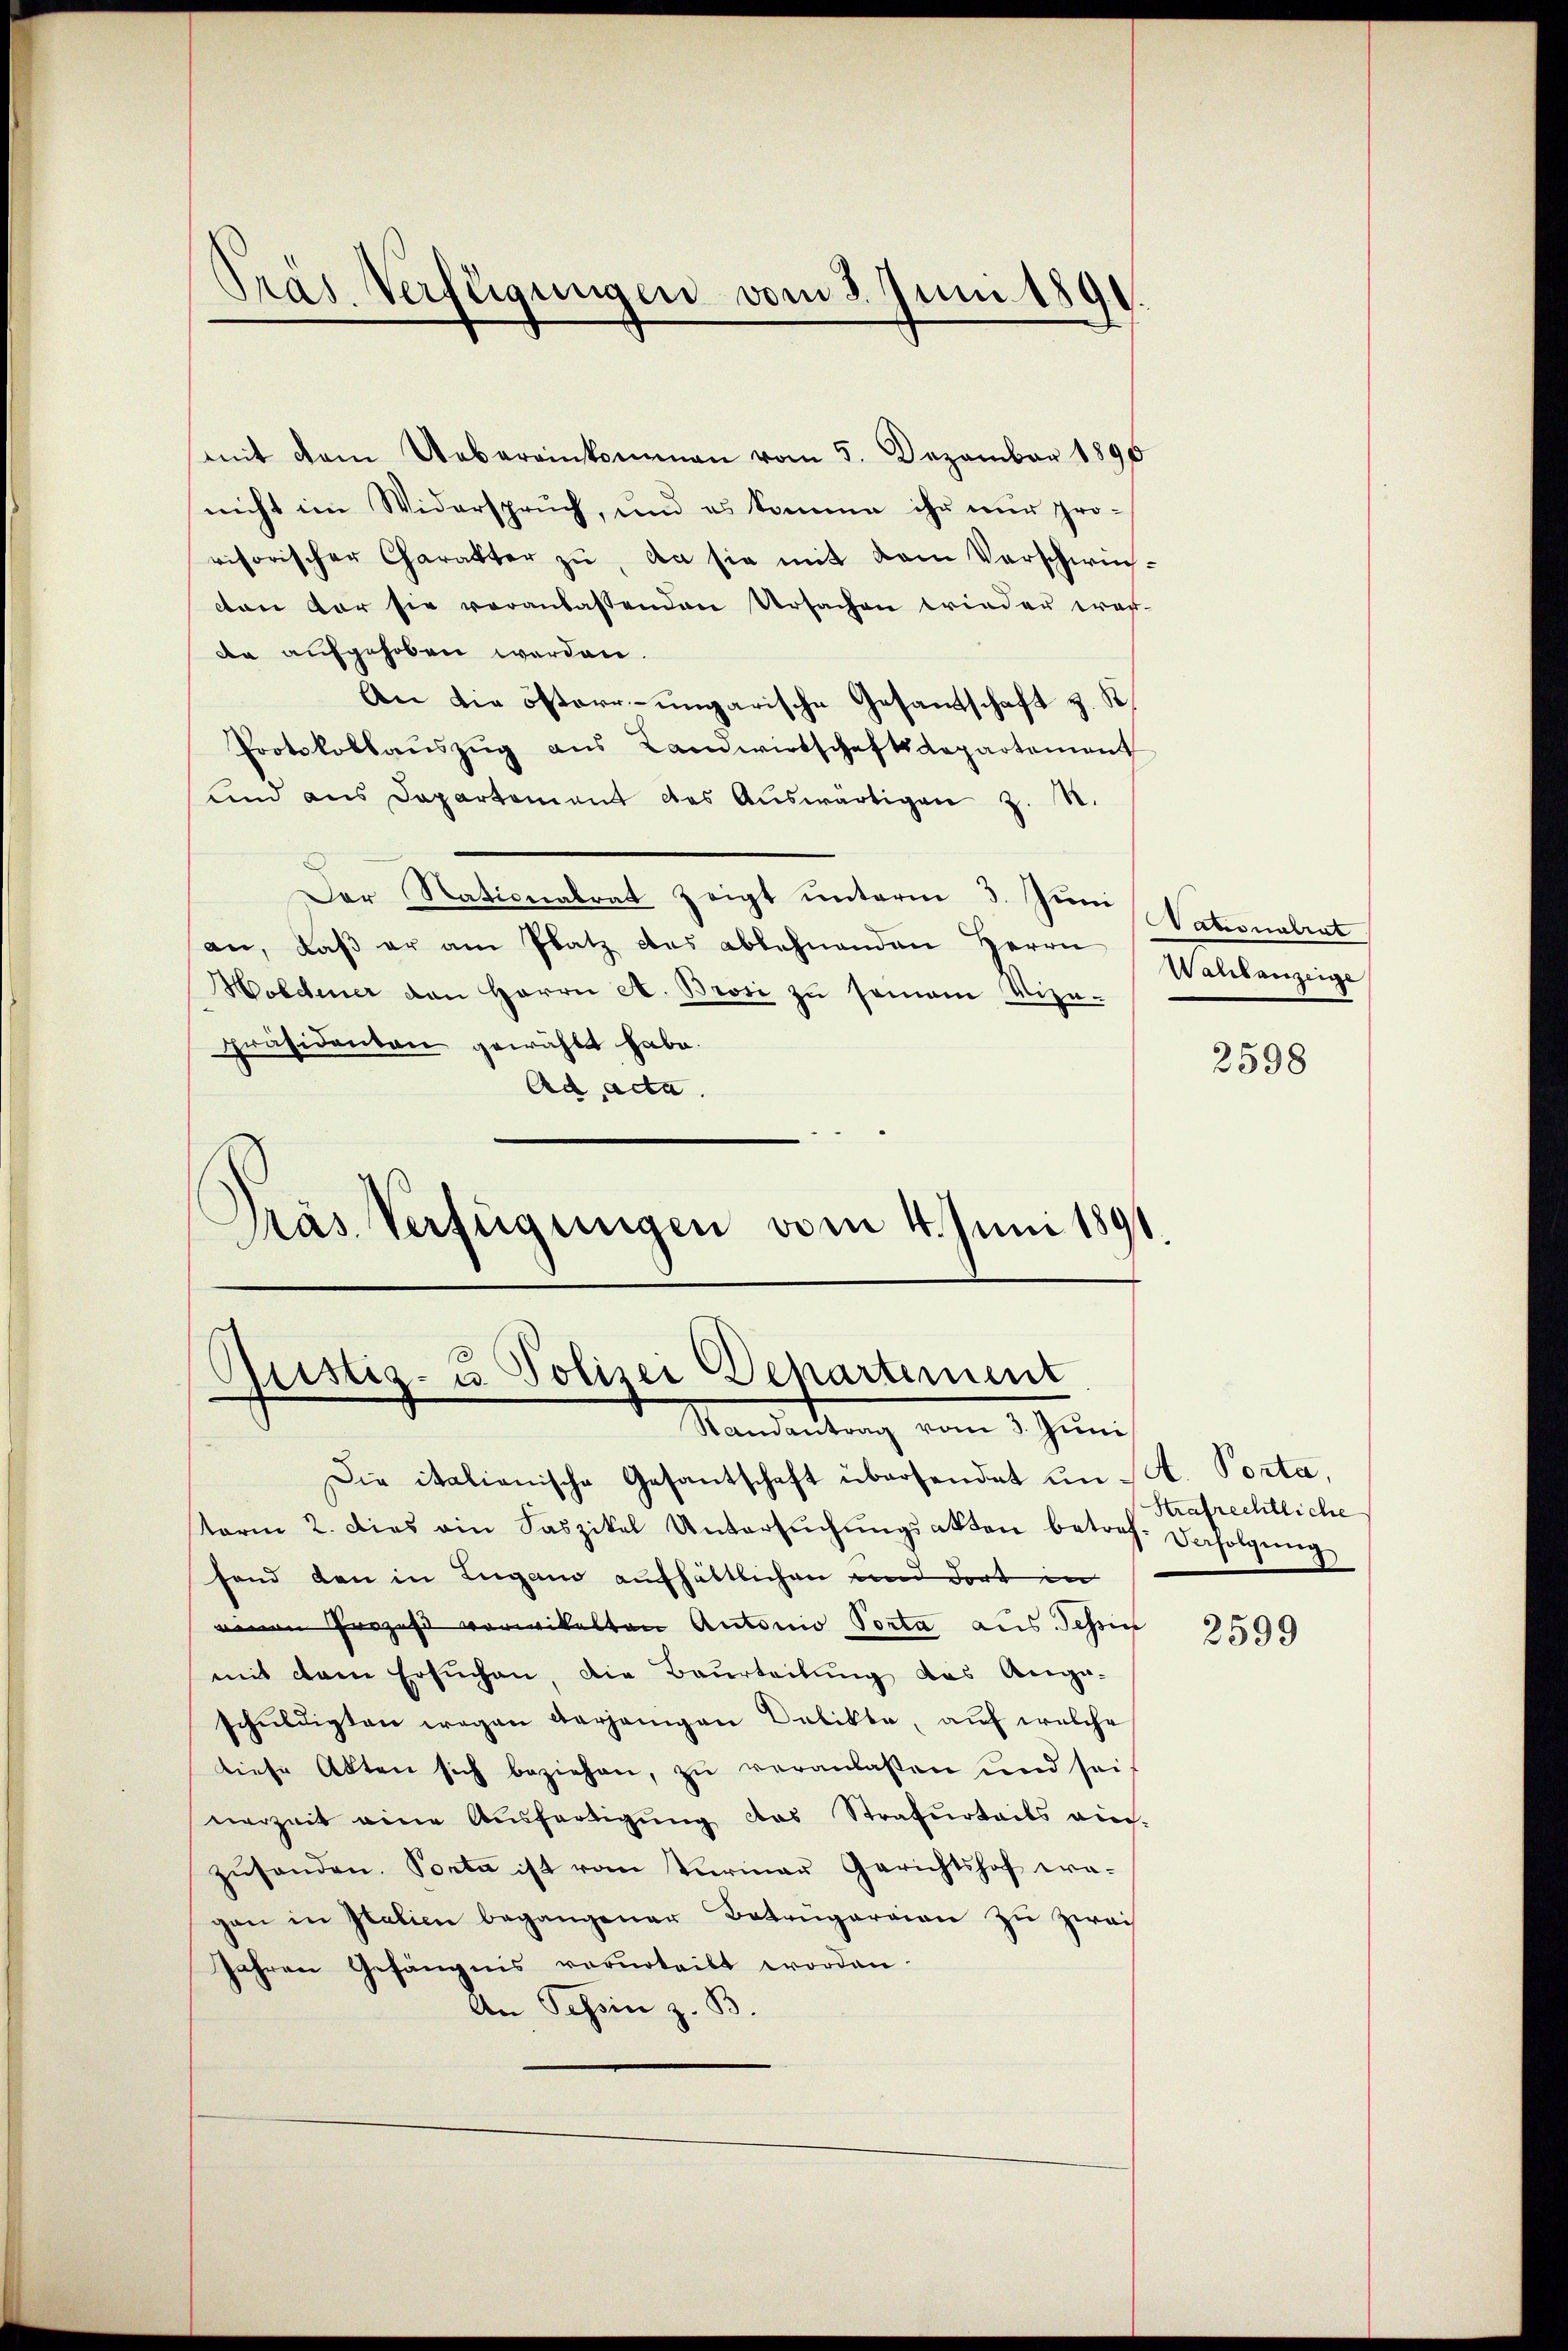
Präs. Verfügungen vom 3. Juni 1891

mit dem Uebereinkommen vom 5. Dezember 1890
nicht im Widerspruch, und es komme ihr nur pro-
visorischer Charakter zu, da sie mit dem Vorschwincon vor sie veranlassenden Ursachen wieder wer-
de aufgehoben werden.
An die österr-ungarische Gesandtschaft z. K
Protokollaŭszŭg aŭs Landwirtschaftsdepartement
und aus Departement des Aŭswärtigen z. R.
Der Nationalrat zeigt unterm 3. Juni (Nationalrat
an, daß er am Platz des ablehnenden Herrn
Holdener den Herrn A. Brosi zŭ semain Vize-
präsidenten gewählt habe.
Ad acta.
Präs. Verfügungen vom 4. Juni 1891.

Die italienische Gesantschaft übersendet in St. Porta,
term 2. Dies ain Saszikel Untersŭchŭngsakten betref- Verfolgŭng
fond den in Lugano aufhältlichen und dort in
einen Prozess vorwikelten Antonio Porta aus Schrif
mit dem Ersuchen, die Beurteilung des Anga-
schŭldigten wegen verjenigen Delikte, auf welche
diese Akten sich beziehen, zu veranlassen und sei.
nerzeit eine Aŭsfertigŭng das Strafurteils ein-
zŭsenden. Porta ist vom Vermar Gerichtshof wa-
gen in Italien begangener Betrügeraien zu zwai
Jahren Gefängnis vorurteilt worden.
An Schein z. B.

Gustiz- u. Polizei Departement
Mandartung vom 1 Juni

Wahlanzeige

2598

Strafrechtliche

2599